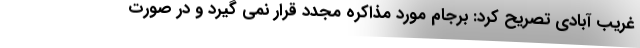
غریب آبادی تصریح کرد: برجام مورد مذاکره مجدد قرار نمی گیرد و در صورت